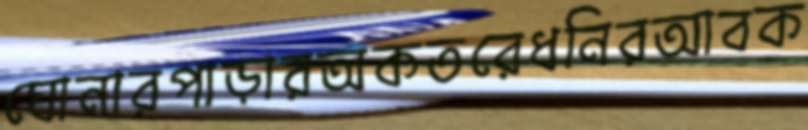
ঘোনারপাড়ারঅকতরেধনিরআবক